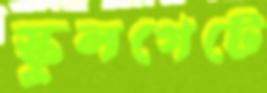
স্কুলগেটে